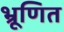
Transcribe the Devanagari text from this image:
भ्रूणित